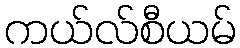
ကယ်လ်စီယမ်